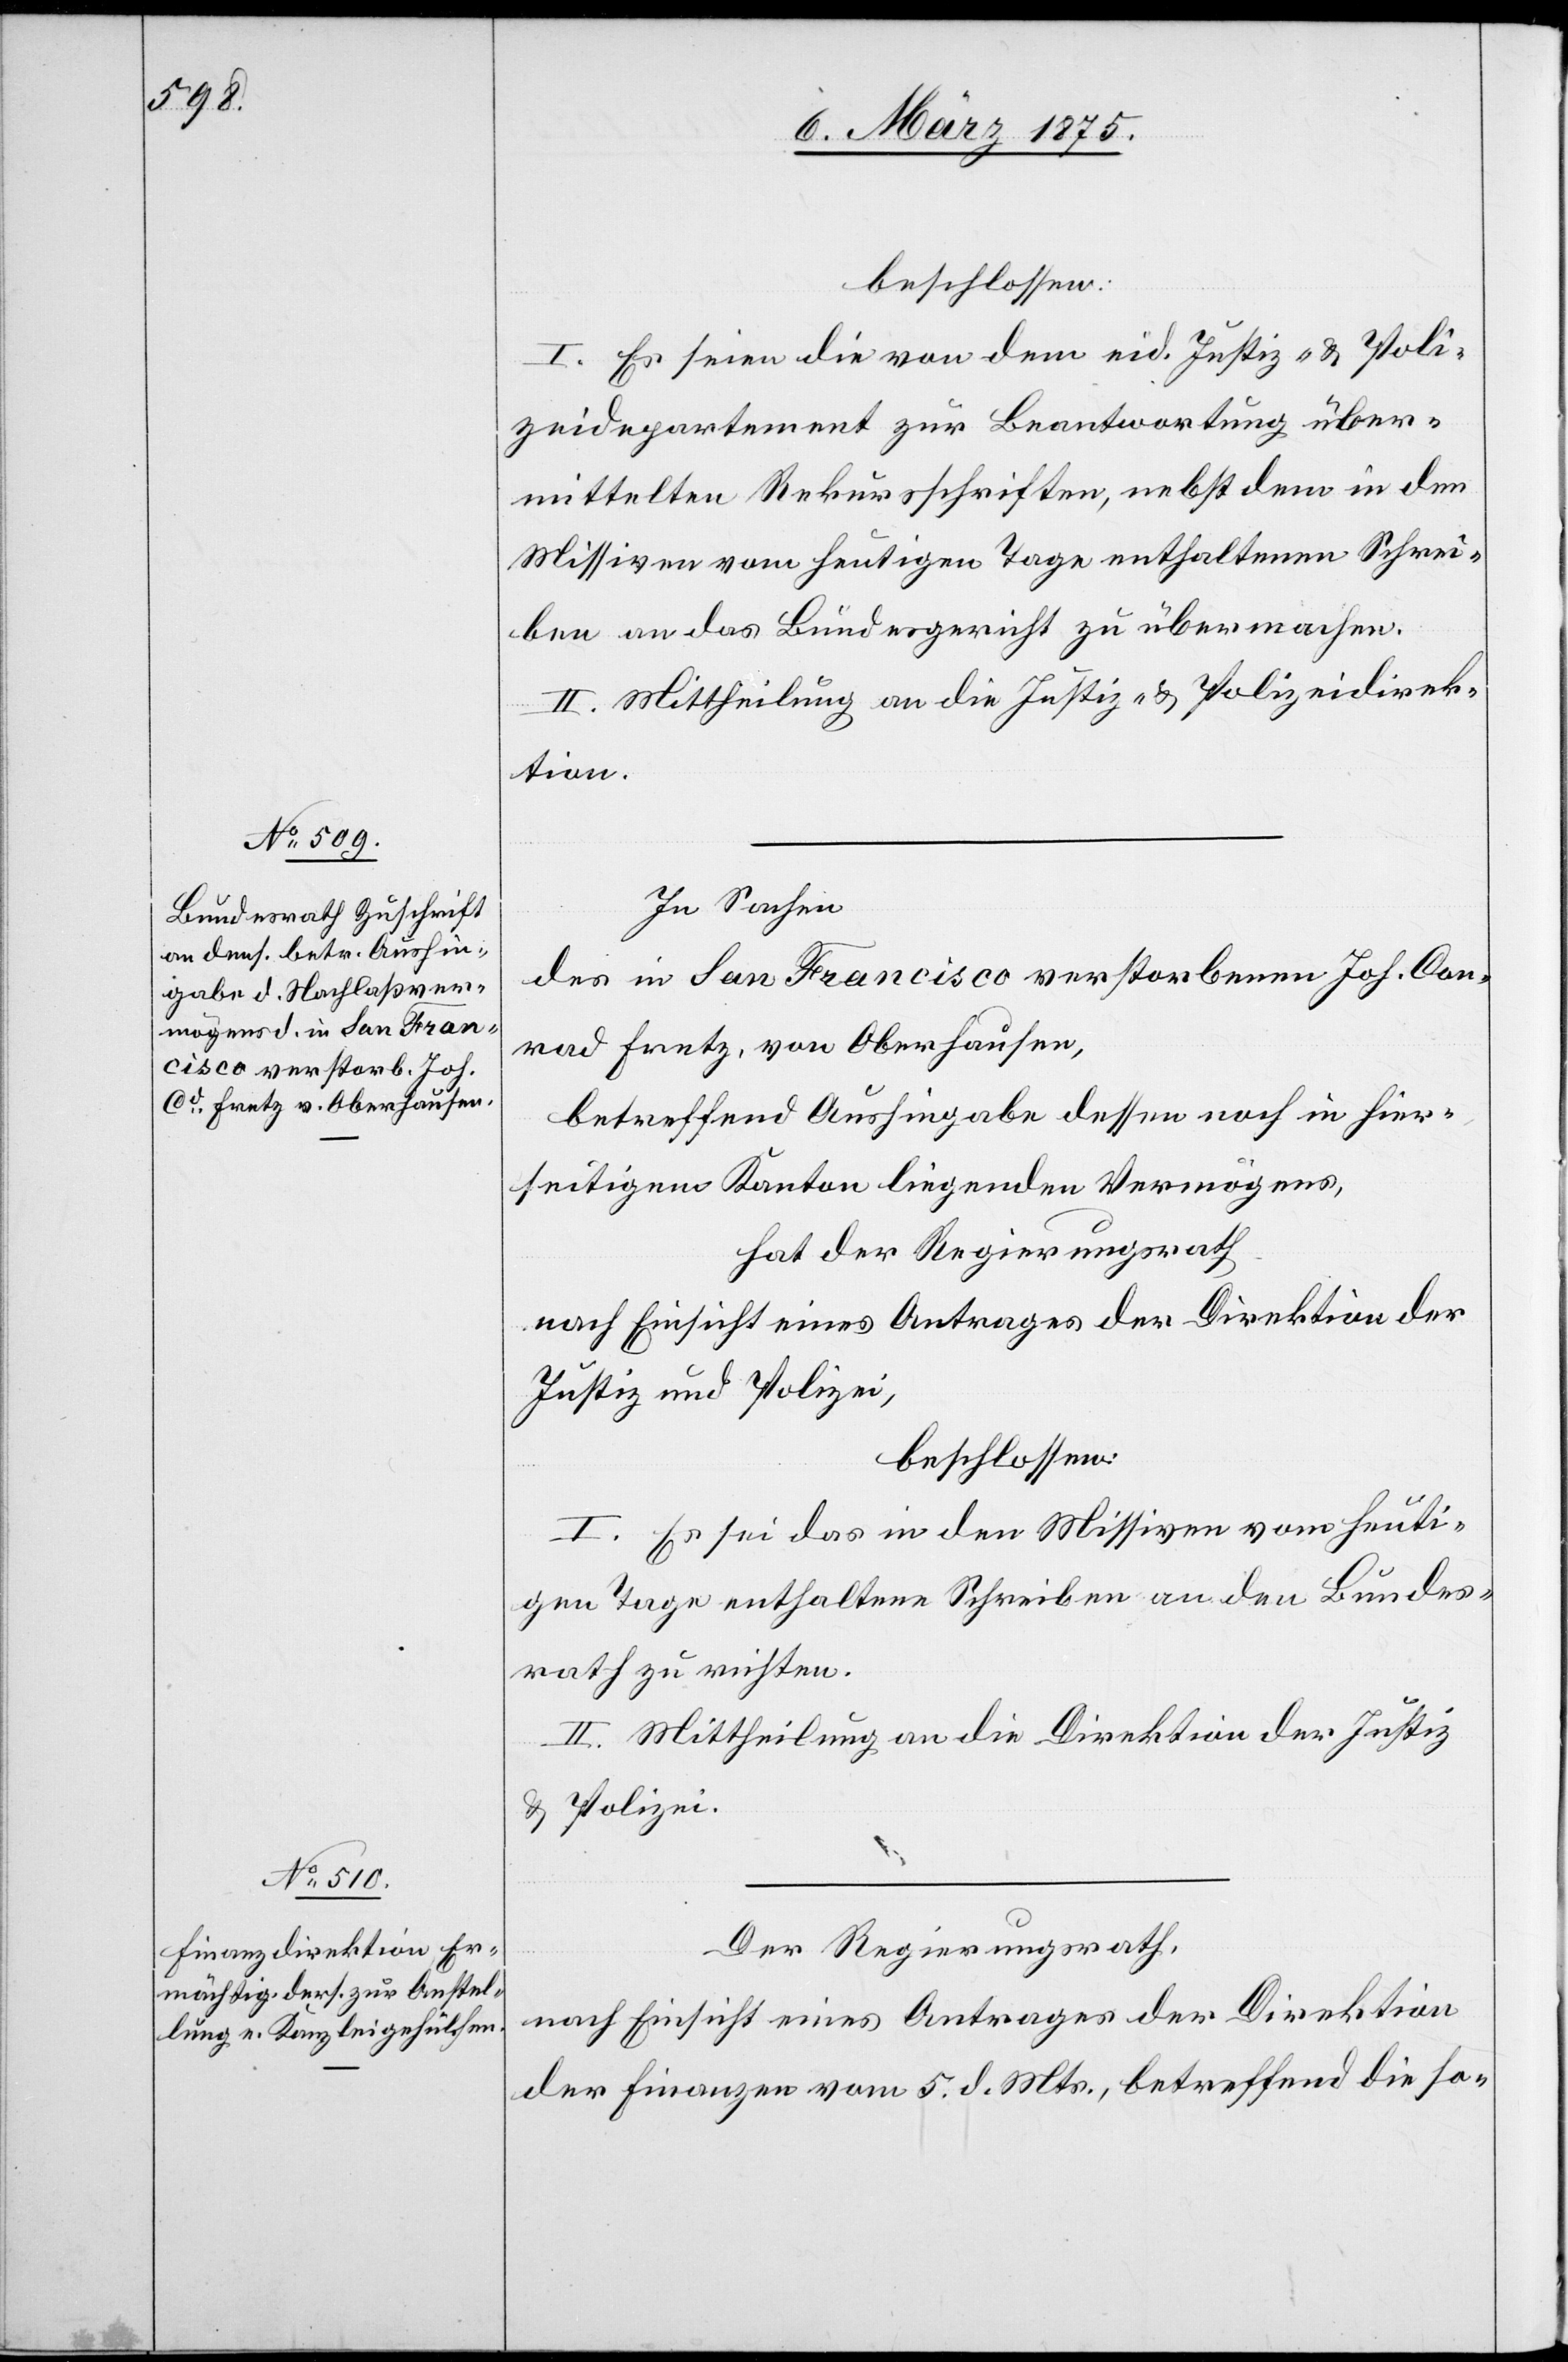
beschlossen:
I. Es seien die von dem eid. Justiz- & Poli¬
zeidepartement zur Beantwortung über¬
mittelten Rekursschriften, nebst dem in den
Missiven vom heutigen Tage enthaltenen Schrei¬
ben an das Bundesgericht zu übermachen.
II. Mittheilung an die Justiz- & Polizeidirek¬
tion.
In Sachen
des in San Francisco verstorbenen Jos. Con¬
rad Fretz, von Oberhausen,
betreffend Aushingabe dessen noch in hier¬
seitigem Kanton liegenden Vermögens,
hat der Regierungsrath
nach Einsicht eines Antrages der Direktion der
Justiz und Polizei,
beschlossen:
I. Es sei das in den Missiven vom heuti¬
gen Tage enthaltene Schreiben an den Bundes¬
rath zu richten.
II. Mittheilung an die Direktion der Justiz
und Polizei.
Der Regierungsrath,
nach Einsicht eines Antrages der Direktion
der Finanzen vom 5. d. Mts, betreffend die so-